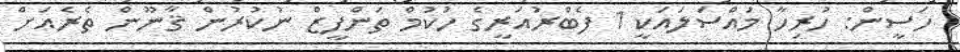
ހަސީން: ހުރިހާ މައްސަލައަކީ 1 ފެބްރުއަރީގެ ހުކުމް ތަންފީޒް ނުކުރުން ޤާނޫން ތެރެއަށް